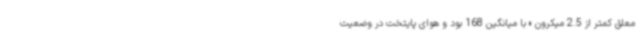
معلق کمتر از 2.5 میکرون » با میانگین 168 بود و هوای پایتخت در وضعیت